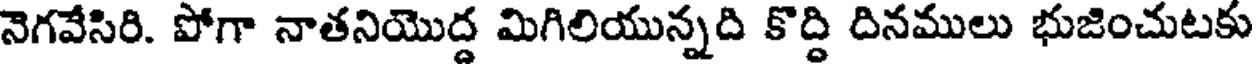
నెగవేసిరి. పోగా నాతనియొద్ద మిగిలియున్నది కొద్ది దినములు భుజించుటకు